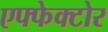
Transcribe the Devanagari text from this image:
एफ्फेक्टोर